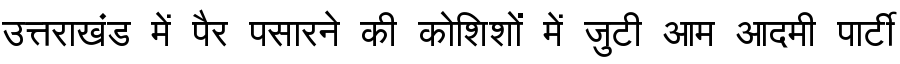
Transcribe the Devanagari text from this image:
उत्तराखंड में पैर पसारने की कोशिशों में जुटी आम आदमी पार्टी